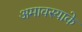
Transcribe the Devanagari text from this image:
अमावस्याके